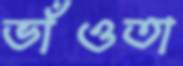
ভাঁওতা